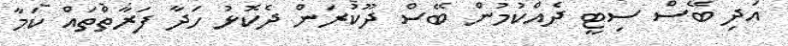
އަދި ބޭސް ސިޓީ ދެއްކުމުން ބޭސް ދޫކުރަން ދެކޮޅު ހަދާ ފަރާތްތައް ކަމާ